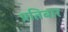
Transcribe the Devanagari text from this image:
प्रतिबार